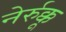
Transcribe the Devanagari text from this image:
नेर्रुक्कू